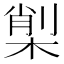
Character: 𣕇